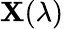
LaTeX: \mathbf{X}(\lambda)